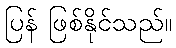
ပြန် ဖြစ်နိုင်သည်။